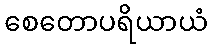
စေတောပရိယာယံ